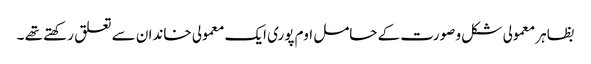
بظاہر معمولی شکل و صورت کے حامل اوم پوری ایک معمولی خاندان سے تعلق رکھتے تھے ۔